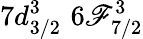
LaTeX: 7d_{3/2}^{3}\, \, 6\mathscr{F}_{7/2}^{3}